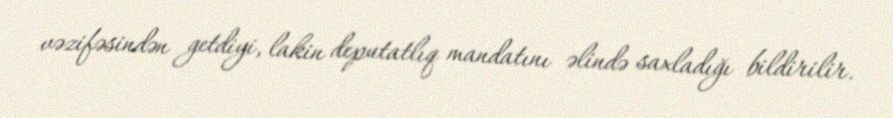
vəzifəsindən getdiyi, lakin deputatlıq mandatını əlində saxladığı bildirilir.